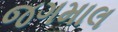
જગમાલ